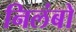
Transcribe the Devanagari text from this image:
निलंबो